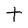
Character: t